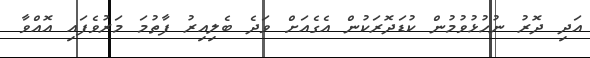
އަދި ދޮރު ނުހުޅުވުމުން ކުޑަދޮރަކުން އެގެއަށް ވަދެ ބެލިއިރު ފާތުމަ މަރުވެފައި އޮއްވާ